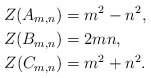
\begin{align*} Z(A_{m,n})&=m^2-n^2,\\ Z(B_{m,n})&=2mn,\\ Z(C_{m,n})&=m^2+n^2. \end{align*}